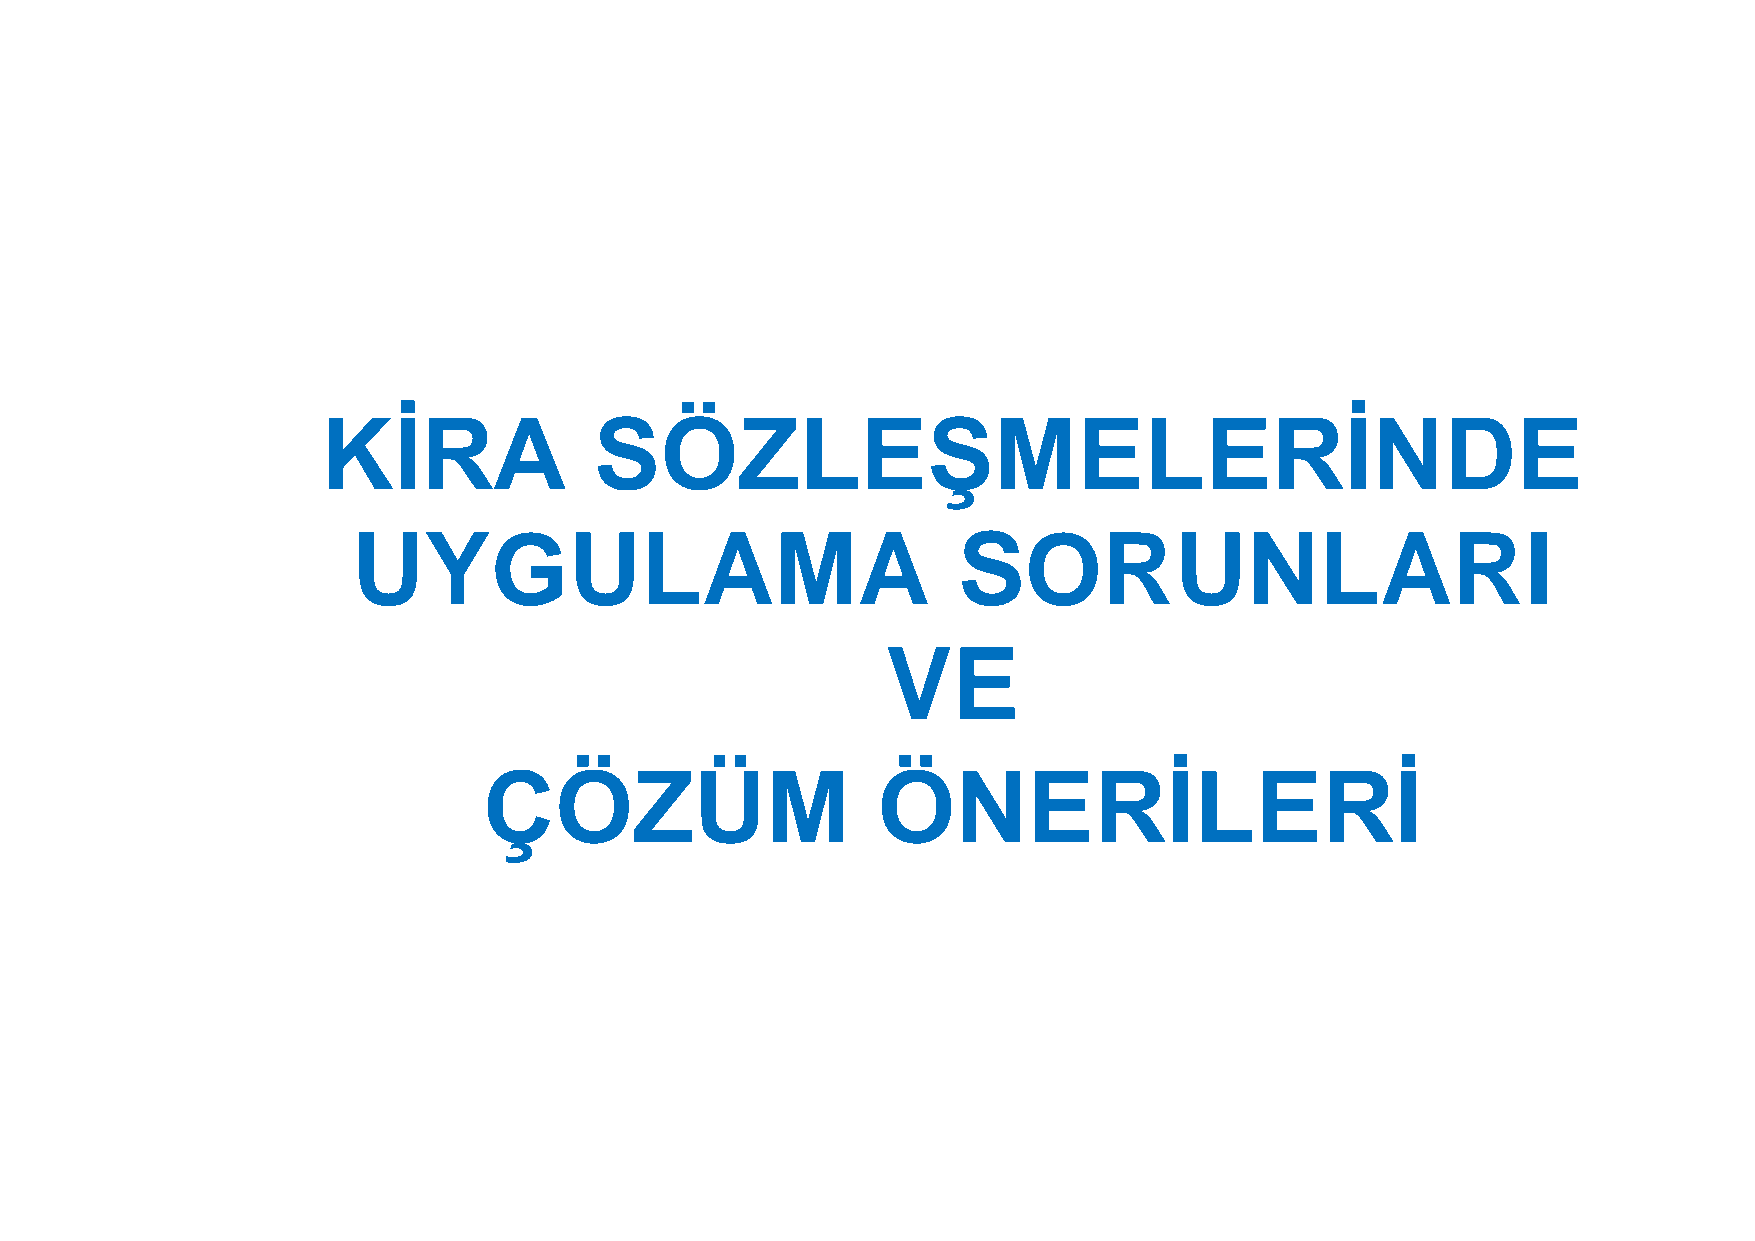
KİRA              SÖZLEŞMELERİNDE
 UYGULAMA                                SORUNLARI
 VE
 ÇÖZÜM                     ÖNERİLERİ